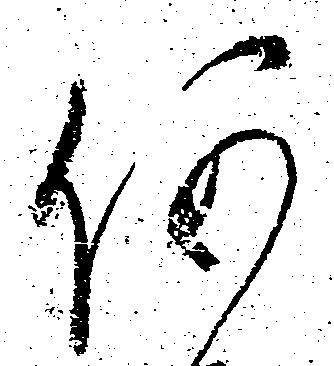
何